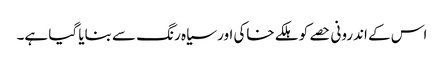
اس کے اندرونی حصے کو ہلکے خاکی اور سیاہ رنگ سے بنایا گیا ہے۔